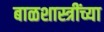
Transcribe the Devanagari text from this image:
बाळशास्त्रींच्या